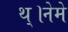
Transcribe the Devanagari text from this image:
थ्।नेमे